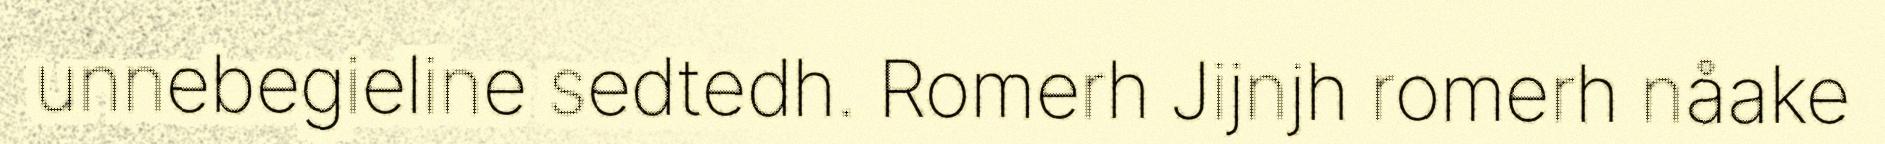
unnebegieline sedtedh. Romerh Jijnjh romerh nåake